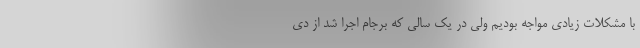
با مشکلات زیادی مواجه بودیم ولی در یک سالی که برجام اجرا شد از دی